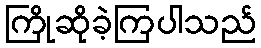
ကြိုဆိုခဲ့ကြပါသည်